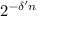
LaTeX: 2 ^ { - \delta ^ { \prime } n }